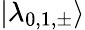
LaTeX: |\lambda_{0,1,\pm}\rangle